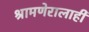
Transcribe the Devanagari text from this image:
श्रामणेरालाही